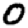
Digit: 0